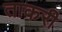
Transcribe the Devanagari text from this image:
ताकरी